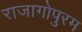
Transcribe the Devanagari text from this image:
राजागोपुरम